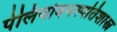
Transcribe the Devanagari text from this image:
पेलियोवनस्पतिशास्त्र